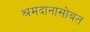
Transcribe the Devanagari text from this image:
श्रमदानासोबत